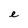
Character: e